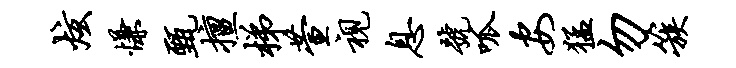
炫慊甄擅梯萱视息号呱安猛勿簇